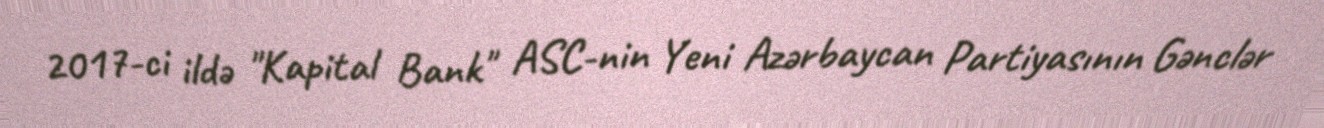
2017-ci ildə "Kapital Bank" ASC-nin Yeni Azərbaycan Partiyasının Gənclər